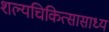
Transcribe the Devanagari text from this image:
शल्यचिकित्सासाध्य